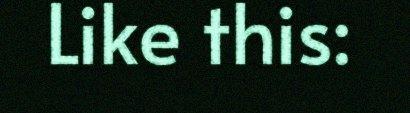
Like this: